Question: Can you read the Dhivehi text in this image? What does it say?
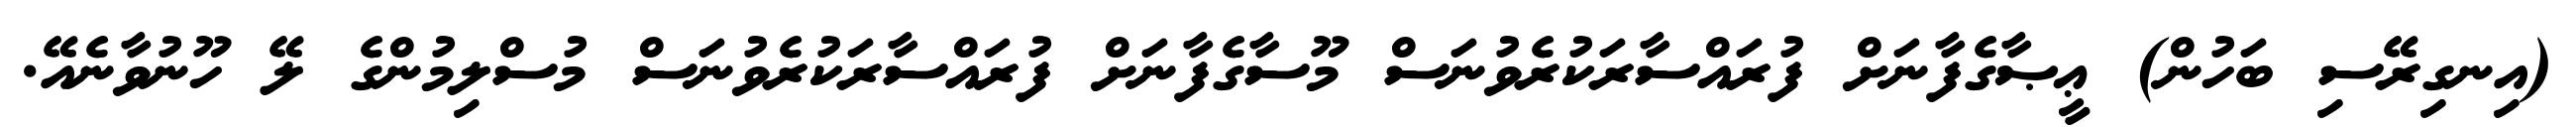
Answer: (އިނގިރޭސި ބަހުން) ޢީޞާގެފާނަށް ފުރައްސާރަކުރެވުނަސް މޫސާގެފާނަށް ފުރައްސާރަކުރެވުނަސް މުސްލިމުންގެ ލޭ ހޫނުވާނެއޭ.